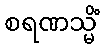
စရဏသ္မိံ